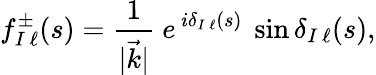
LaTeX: f_{{I\, \ell}}^{\pm}(s)={\frac{1}{\vert\vec{k}\vert}}\ e\, ^{i\delta_{I\, \ell}(s)}\ \sin\delta_{I\, \ell}(s),